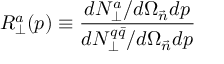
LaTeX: R _ { \perp } ^ { a } ( p ) \equiv \frac { d N _ { \perp } ^ { a } / d \Omega _ { \vec { n } } d p } { d N _ { \perp } ^ { q \bar { q } } / d \Omega _ { \vec { n } } d p }